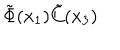
\tilde { \Phi } ( x _ { 1 } ) \tilde { C } ( x _ { 3 } )